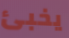
يخبئ